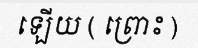
ឡើយ ( ព្រោះ )